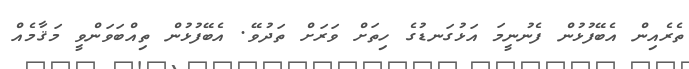
ތެރެއިން އެބޭފުޅުން ފެނުނީމަ އަޅުގަނޑުގެ ހިތަށް ވަރަށް ތަދުވޭ. އެބޭފުޅުން ތިއްބަވަންވީ މަޤާމެއް